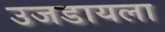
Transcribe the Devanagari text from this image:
उजडायला